Lunatic asylums Madras 1877-1891 - 1877-1891
Year: 1877
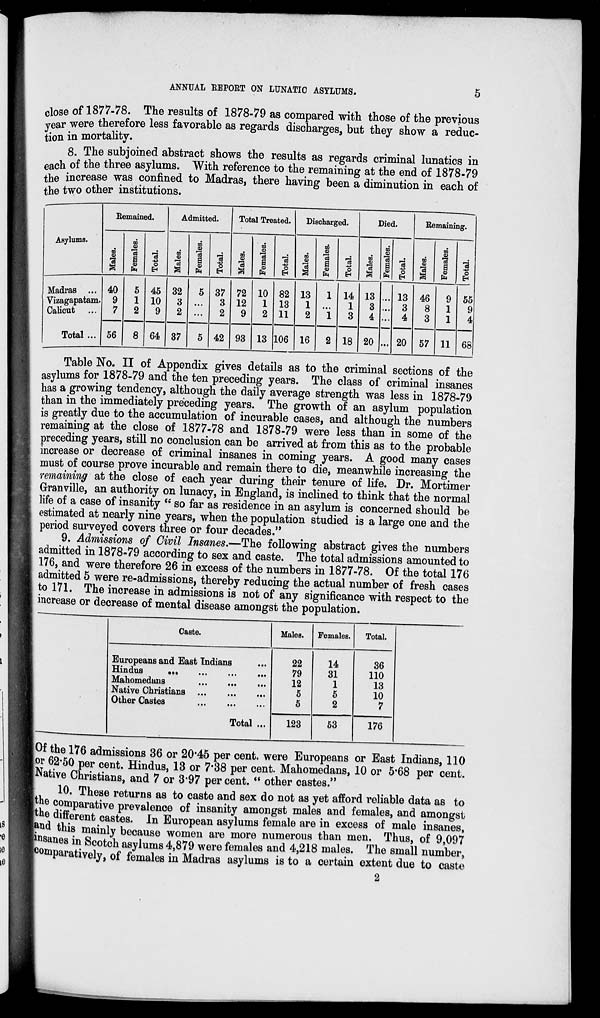
5
ANNUAL REPORT ON LUNATIC ASYLUMS.
close of 1877-78. The results of 1878-79 as compared with those of the previous
year were therefore less favorable as regards discharges, but they show a reduc-
tion in mortality.
8. The subjoined abstract shows the results as regards criminal lunatics in
each of the three asylums. With reference to the remaining at the end of 1878-79
the increase was confined to Madras, there having been a diminution in each of
the two other institutions.
Asylums.
Madras ...
Vizagapatam.
Calicut ...
Total ...
Remained.
Males.
40
9
7
56
Females.
5
1
2
8
Total.
45
10
9
64
Admitted.
Males.
32
3
2
37
Females.
5
...
...
5
Total.
37
3
2
42
Total Treated.
Males.
72
12
9
93
Females.
10
1
2
13
Total.
82
13
11
106
Discharged.
Males.
13
1
2
16
Females.
1
...
1
2
Total.
14
1
3
18
Died.
Males.
13
3
4
20
Females.
...
...
...
...
Total.
13
3
4
20
Remaining.
Males.
46
8
3
57
Females.
9
1
1
11
Total.
55
9
4
68
Table No. II of Appendix gives details as to the criminal sections of the
asylums for 1878-79 and the ten preceding years. The class of criminal insanes
has a growing tendency, although the daily average strength was less in 1878-79
than in the immediately preceding years. The growth of an asylum population
is greatly due to the accumulation of incurable cases, and although the numbers
remaining at the close of 1877-78 and 1878-79 were less than in some of the
preceding years, still no conclusion can be arrived at from this as to the probable
increase or decrease of criminal insanes in coming years. A good many cases
must of course prove incurable and remain there to die, meanwhile increasing the
remaining at the close of each year during their tenure of life. Dr. Mortimer
Granville, an authority on lunacy, in England, is inclined to think that the normal
life of a case of insanity "so far as residence in an asylum is concerned should be
estimated at nearly nine years, when the population studied is a large one and the
period surveyed covers three or four decades."
9. Admissions of Civil Insanes.—The following abstract gives the numbers
admitted in 1878-79 according to sex and caste. The total admissions amounted to
176, and were therefore 26 in excess of the numbers in 1877-78. Of the total 176
admitted 5 were re-admissions, thereby reducing the actual number of fresh cases
to 171. The increase in admissions is not of any significance with respect to the
increase or decrease of mental disease amongst the population.
Caste.
Europeans and East Indians ...
Hindus
...
...
...
...
Mahomedans ... ... ...
Native Christians
...
...
...
Other Castes
...
...
...
Total ...
Males.
22
79
12
5
5
123
Females.
14
31
1
5
2
53
Total.
36
110
13
10
7
176
Of the 176 admissions 36 or 20.45 per cent. were Europeans or East Indians, 110
or 62.50 per cent. Hindus, 13 or 7.38 per cent. Mahomedans, 10 or 5.68 per cent.
Native Christians, and 7 or 3.97 per cent. "other castes."
10. These returns as to caste and sex do not as yet afford reliable data as to
the comparative prevalence of insanity amongst males and females, and amongst
the different castes. In European asylums female are in excess of male insanes,
and this mainly because women are more numerous than men. Thus, of 9,097
insanes in Scotch asylums 4,879 were females and 4,218 males. The small number,
comparatively, of females in Madras asylums is to a certain extent due to caste
2